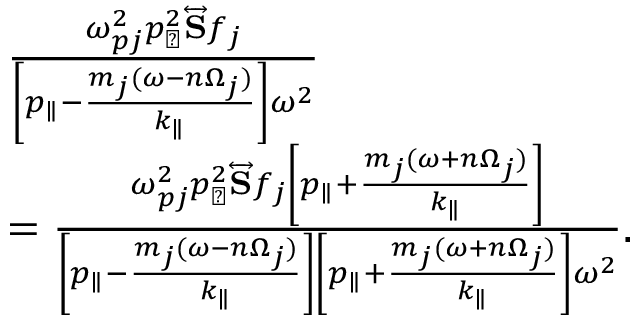
\begin{array} { r l } & { \frac { \omega _ { p j } ^ { 2 } p _ { \perp } ^ { 2 } \overleftrightarrow { \mathbf { S } } f _ { j } } { \left[ p _ { \parallel } - \frac { m _ { j } ( \omega - n \Omega _ { j } ) } { k _ { \parallel } } \right] \omega ^ { 2 } } } \\ & { = \frac { \omega _ { p j } ^ { 2 } p _ { \perp } ^ { 2 } \overleftrightarrow { \mathbf { S } } f _ { j } \left[ p _ { \parallel } + \frac { m _ { j } ( \omega + n \Omega _ { j } ) } { k _ { \parallel } } \right] } { \left[ p _ { \parallel } - \frac { m _ { j } ( \omega - n \Omega _ { j } ) } { k _ { \parallel } } \right] \left[ p _ { \parallel } + \frac { m _ { j } ( \omega + n \Omega _ { j } ) } { k _ { \parallel } } \right] \omega ^ { 2 } } . } \end{array}